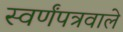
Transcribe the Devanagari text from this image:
स्वर्णंपत्रवाले